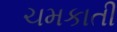
ચમકાતી